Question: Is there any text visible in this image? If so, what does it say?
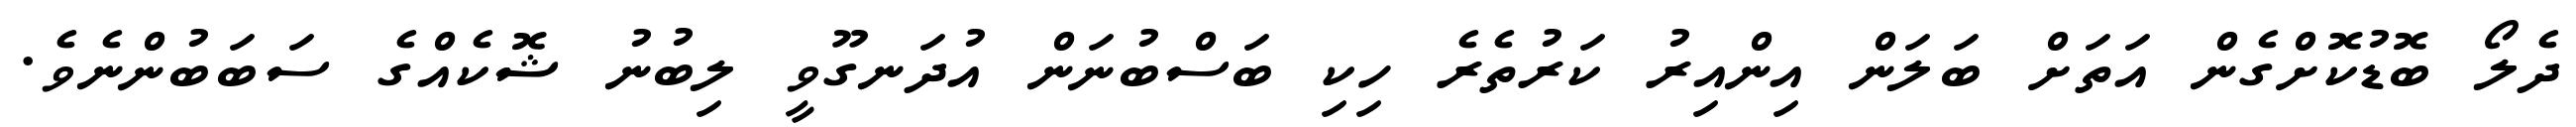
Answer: ދެލޯ ބޮޑުކޮށްގެން އަތަށް ބަލަން އިންއިރު ކަރުތެރެ ހިކި ބަސްބުނަން އުދަނގޫވީ ލިބުނު ޝޮކެއްގެ ސަބަބުންނެވެ.